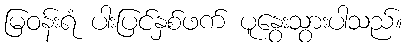
မြဝန်းရံ ပါးပြင်နှစ်ဖက် ပူနွေးသွားပါသည်။